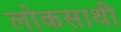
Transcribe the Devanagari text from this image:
लोकसाथी